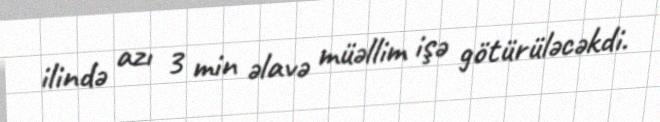
ilində azı 3 min əlavə müəllim işə götürüləcəkdi.